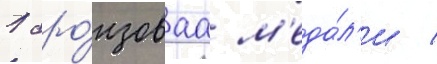
1 бро́нзоваа м'еда́л'и /